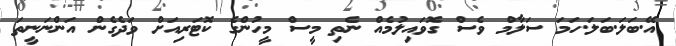
އޭ.ބަލަ.ބަލަ.ހަމަ ސަލާމް ވެސް ގޮވައިލުމެއް ނެތި މީސް މީހުންގެ ކޮޓަރިއަށް ވަދެގެން އަންނަނީތަ